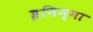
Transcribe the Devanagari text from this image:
इनिन्ना